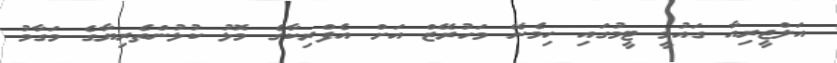
އަލްޖީރިއާ ގައުމީ ޓީމުގައި ހިމެނޭ މަހުރޭޒް އަށް އެފްރިކާގެ މޮޅު ކުޅުންތެރިޔާގެ މަގާމު